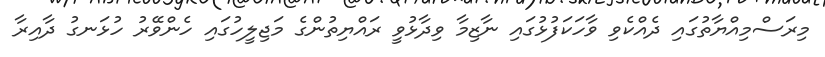
މިރަސްމިއްޔާތުގައި ދެއްކެވި ވާހަކަފުޅުގައި ނާޒިމާ ވިދާޅުވީ ރައްޔިތުންގެ މަޖިލީހުގައި ހެންވޭރު ހުޅަނގު ދާއިރާ